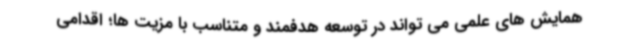
همایش های علمی می تواند در توسعه هدفمند و متناسب با مزیت ها؛ اقدامی